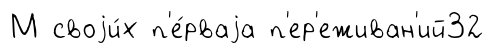
М своjи́х п'е́рваjа п'ер'еживан'ий32